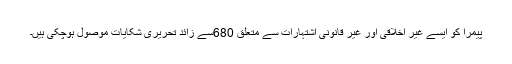
پیمرا کو ایسے غیر اخلاقی اور غیر قانونی اشتہارات سے متعلق 680سے زائد تحریری شکایات موصول ہوچکی ہیں۔